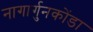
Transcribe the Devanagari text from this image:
नागार्गुनकोंडा